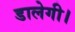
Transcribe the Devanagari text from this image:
डालेगी।